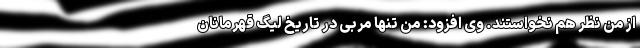
از من نظر هم نخواستند. وی افزود: من تنها مربی در تاریخ لیگ قهرمانان